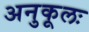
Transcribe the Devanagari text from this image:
अनुकूलः